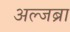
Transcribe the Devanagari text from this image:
अल्जब्रा